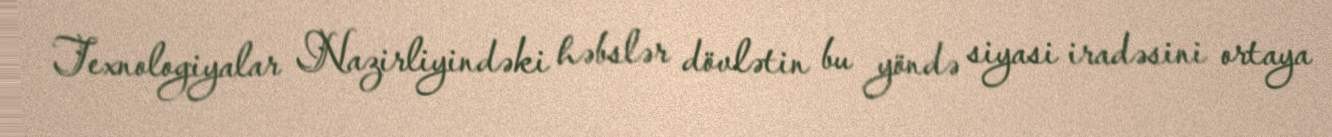
Texnologiyalar Nazirliyindəki həbslər dövlətin bu yöndə siyasi iradəsini ortaya